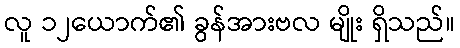
လူ ၁၂ယောက်၏ ခွန်အားဗလ မျိုး ရှိသည်။